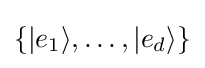
\{|e_{1}\rangle ,\dots ,|e_{d}\rangle \}